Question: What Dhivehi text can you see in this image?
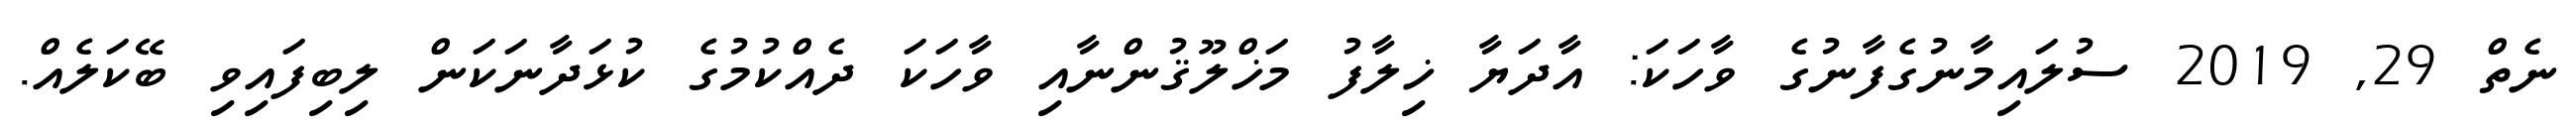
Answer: ނެތް 29, 2019 ސުލައިމާނުގެފާނުގެ ވާހަކަ: އާދަޔާ ޚިލާފު މަޚްލޫޤުންނާއި ވާހަކަ ދެއްކުމުގެ ކުޅަދާނަކަން ލިބިފައިވި ބޭކަލެއް.